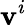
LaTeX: \mathbf{v}^{i}